Scottish Leaving Certificate Examination, 1959
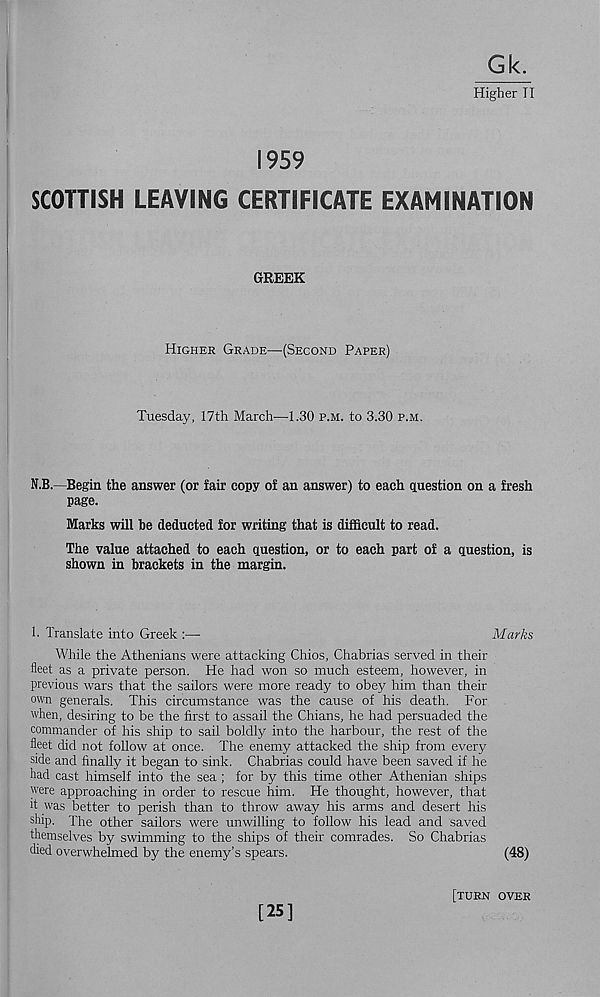
Gk.
Higher II
1959
SCOTTISH LEAVING CERTIFICATE EXAMINATION
GREEK
Higher Grade—(Second Paper)
Tuesday, 17th March—1.30 p.m. to 3.30 p.m.
N.B.—Begin the answer (or fair copy of an answer) to each question on a fresh
page.
Marks will he deducted for writing that is difficult to read.
The value attached to each question, or to each part of a question, is
shown in brackets in the margin.
!■ Translate into Greek :—-
Marks
While the Athenians were attacking Chios, Chabrias served in their
fleet as a private person. He had won so much esteem, however, in
previous wars that the sailors were more ready to obey him than their
own generals. This circumstance was the cause of his death. For
when, desiring to be the first to assail the Chians, he had persuaded the
commander of his ship to sail boldly into the harbour, the rest of the
fleet did not follow at once. The enemy attacked the ship from every
side and finally it began to sink. Chabrias could have been saved if he
had cast himself into the sea; for by this time other Athenian ships
were approaching in order to rescue him. He thought, however, that
it was better to perish than to throw away his arms and desert his
ship. The other sailors were unwilling to follow his lead and saved
themselves by swimming to the ships of their comrades. So Chabrias
died overwhelmed by the enemy’s spears.
(48)
[25]
[turn over